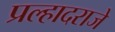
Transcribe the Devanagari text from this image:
प्रल्हादराजे